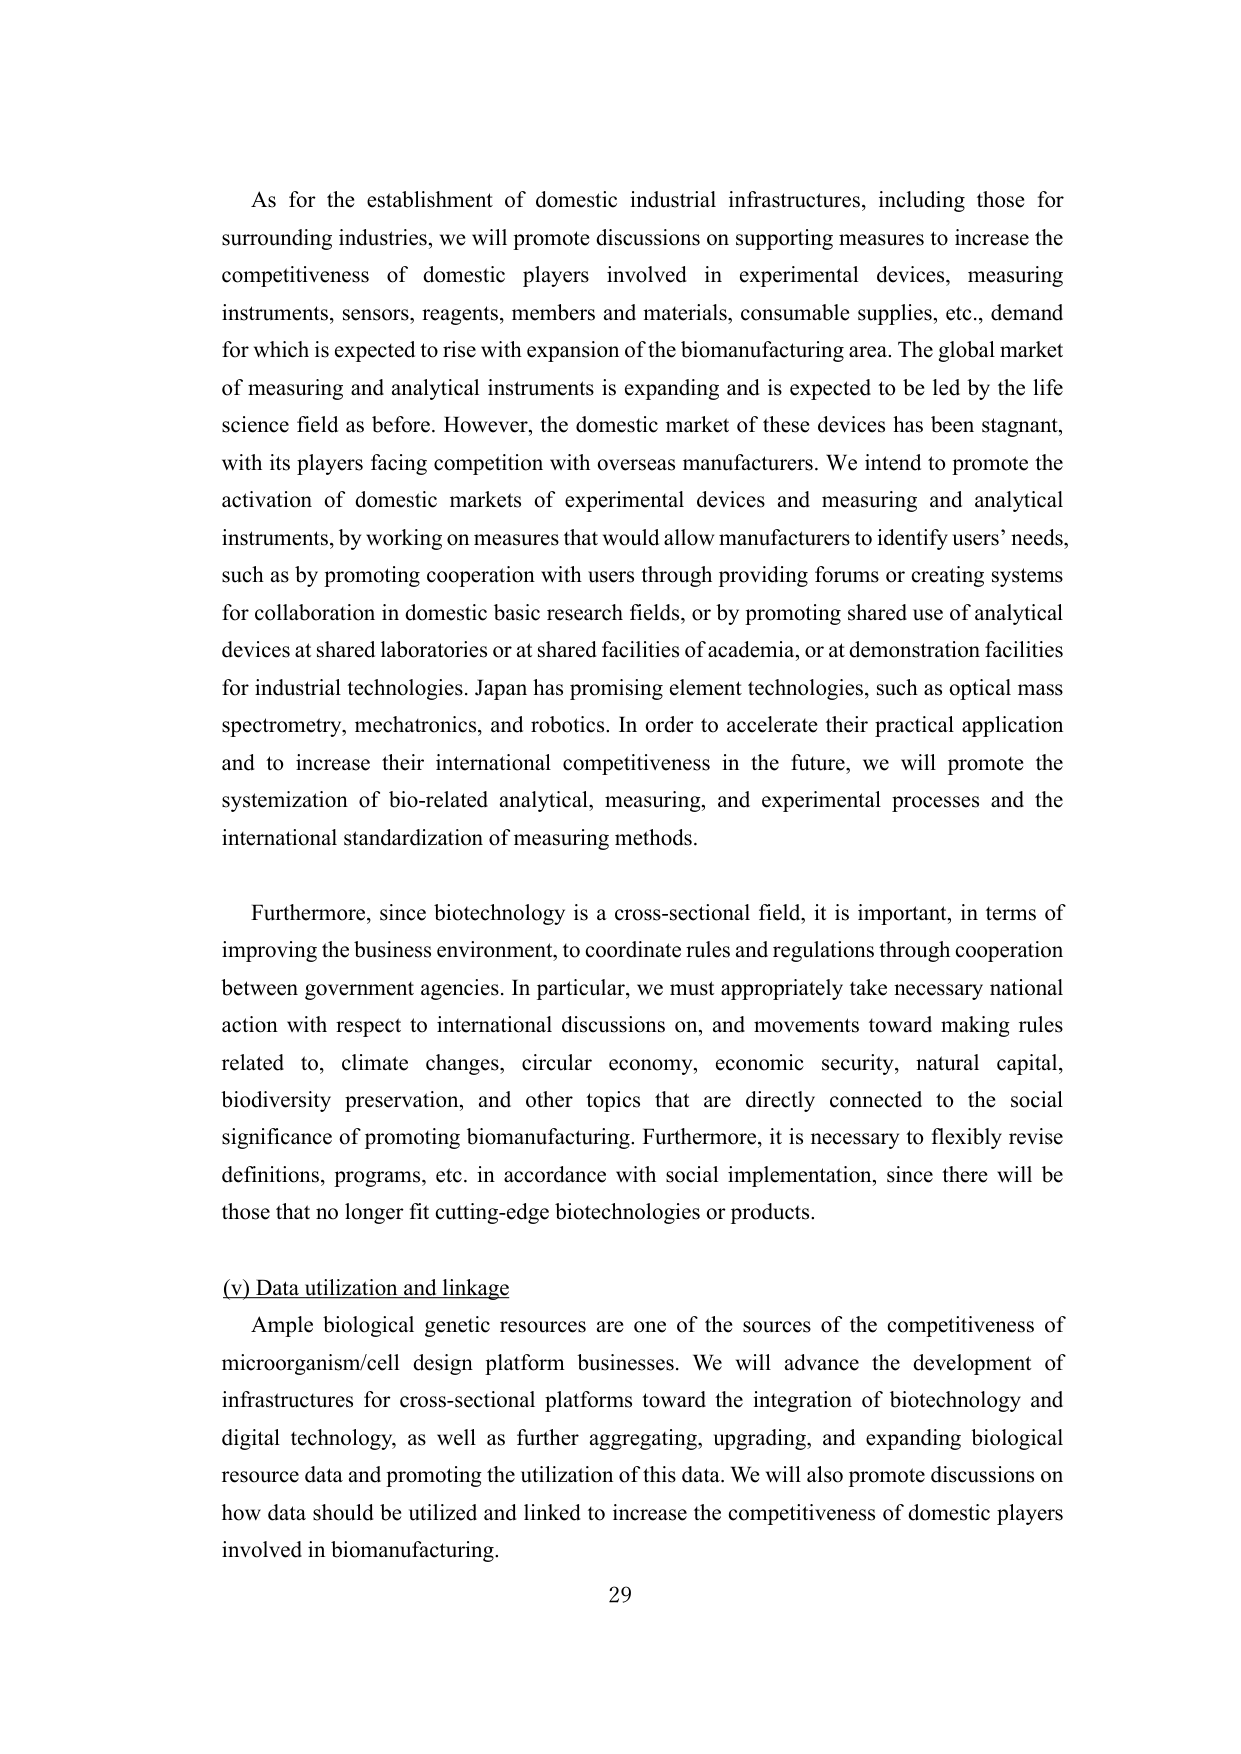
As for the establishment of domestic industrial infrastructures, including those for surrounding industries, we will promote discussions on supporting measures to increase the competitiveness of domestic players involved in experimental devices, measuring instruments, sensors, reagents, members and materials, consumable supplies, etc., demand for which is expected to rise with expansion of the biomanufacturing area. The global market of measuring and analytical instruments is expanding and is expected to be led by the life science field as before. However, the domestic market of these devices has been stagnant, with its players facing competition with overseas manufacturers. We intend to promote the activation of domestic markets of experimental devices and measuring and analytical instruments, by working on measures that would allow manufacturers to identify users’ needs, such as by promoting cooperation with users through providing forums or creating systems for collaboration in domestic basic research fields, or by promoting shared use of analytical devices at shared laboratories or at shared facilities of academia, or at demonstration facilities for industrial technologies. Japan has promising element technologies, such as optical mass spectrometry, mechatronics, and robotics. In order to accelerate their practical application and to increase their international competitiveness in the future, we will promote the systemization of bio-related analytical, measuring, and experimental processes and the international standardization of measuring methods.

Furthermore, since biotechnology is a cross-sectional field, it is important, in terms of improving the business environment, to coordinate rules and regulations through cooperation between government agencies. In particular, we must appropriately take necessary national action with respect to international discussions on, and movements toward making rules related to, climate changes, circular economy, economic security, natural capital, biodiversity preservation, and other topics that are directly connected to the social significance of promoting biomanufacturing. Furthermore, it is necessary to flexibly revise definitions, programs, etc. in accordance with social implementation, since there will be those that no longer fit cutting-edge biotechnologies or products.

(v) Data utilization and linkage

Ample biological genetic resources are one of the sources of the competitiveness of microorganism/cell design platform businesses. We will advance the development of infrastructures for cross-sectional platforms toward the integration of biotechnology and digital technology, as well as further aggregating, upgrading, and expanding biological resource data and promoting the utilization of this data. We will also promote discussions on how data should be utilized and linked to increase the competitiveness of domestic players involved in biomanufacturing.

29